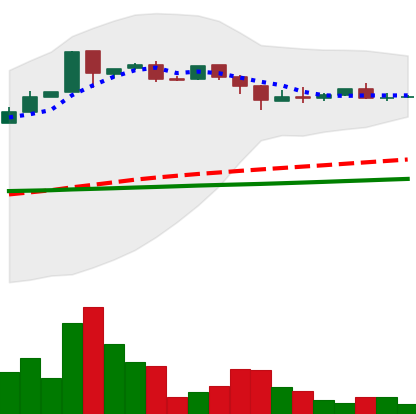
Ticker: DOGE-USD
Chart end date: 2018-09-26
Forward return: 4.337%
Label: up_3_5